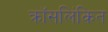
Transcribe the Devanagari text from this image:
क्रॉसलिंकित